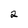
Character: 2